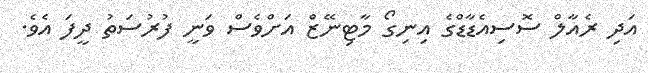
އަދި ރެއާލް ސޮސިއެޑާޑްގެ އިނިގޯ މާޓިނޭޒް އަށްވެސް ވަނީ ފުރުސަތު ދީފަ އެވެ.